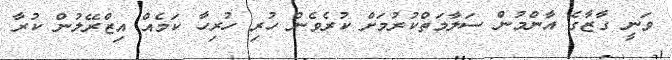
ވަނީ ގާޒާގެ އާންމުން ސަލާމަތްކުރުމަށް ކުރެވެން ހުރި ހުރިހާ ކަމެއް އިޒްރޭލުން ކުރާ